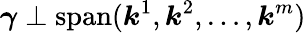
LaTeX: \boldsymbol{\gamma}\perp\operatorname{span}(\boldsymbol{k}^{1},\boldsymbol{k}^{2},\dots,\boldsymbol{k}^{m})